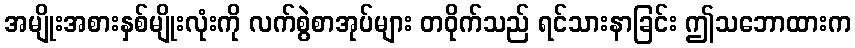
အမျိုးအစားနှစ်မျိုးလုံးကို လက်စွဲစာအုပ်များ တဝိုက်သည် ရင်သားနာခြင်း ဤသဘောထားက